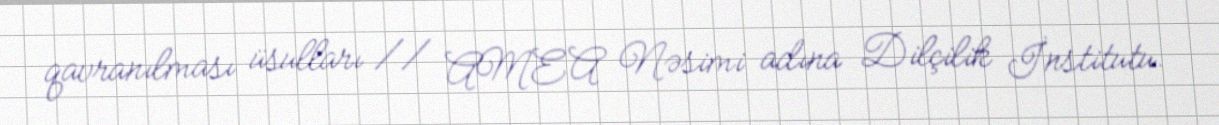
qavranılması üsulları // AMEA Nəsimi adına Dilçilik İnstitutu.